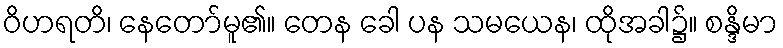
ဝိဟရတိ၊ နေတော်မူ၏။ တေန ခေါ ပန သမယေန၊ ထိုအခါ၌။ စန္ဒိမာ